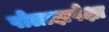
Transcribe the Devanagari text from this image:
पोलादापेक्षा